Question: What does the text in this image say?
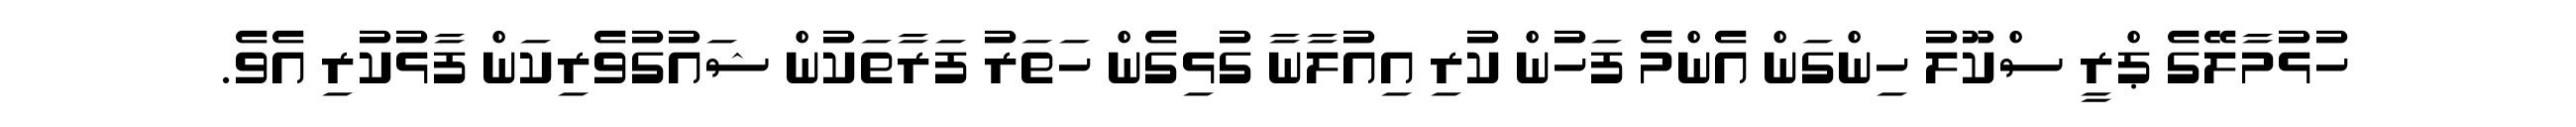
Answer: ހުޅުމާލޭގެ ޕްރީ ސްކޫލު ހިންގަން އެންމެ ފަހުން ކުރި އިއުލާނާ ގުޅިގެން ހަތަރު ފަރާތަކުން ޝައުގުވެރިކަން ފާޅުކުރި އެވެ.